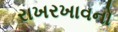
રાખરખાવનો